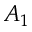
A _ { 1 }